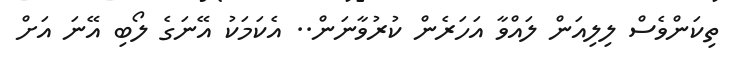
ތިކަންވެސް ލިލިއަން ލައްވާ އަހަރެން ކުރުވާނަން.. އެކަމަކު އޭނަގެ ލޯބި އޭނަ އަށް